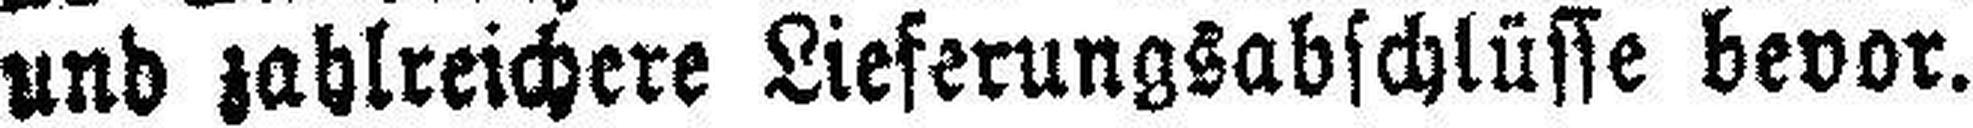
und zahlreichere Lieferungsabschlüsse bevor.